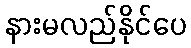
နားမလည်နိုင်ပေ